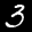
Label: 3